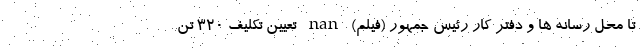
تا محل رسانه ها و دفتر کار رئیس جمهور (فیلم) nan تعیین تکلیف ۳۲۰ تن